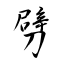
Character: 劈